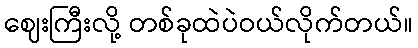
ဈေးကြီးလို့ တစ်ခုထဲပဲဝယ်လိုက်တယ်။